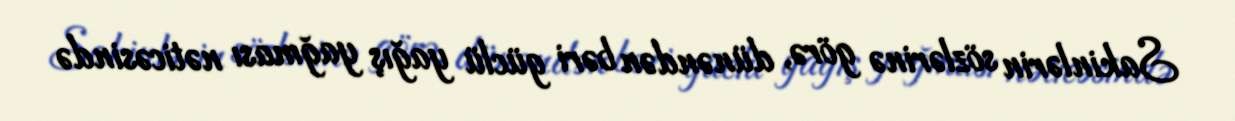
Sakinlərin sözlərinə görə, dünəndən bəri güclü yağış yağması nəticəsində